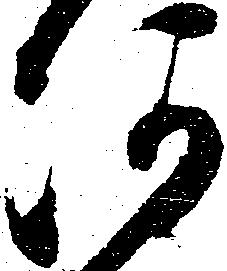
河